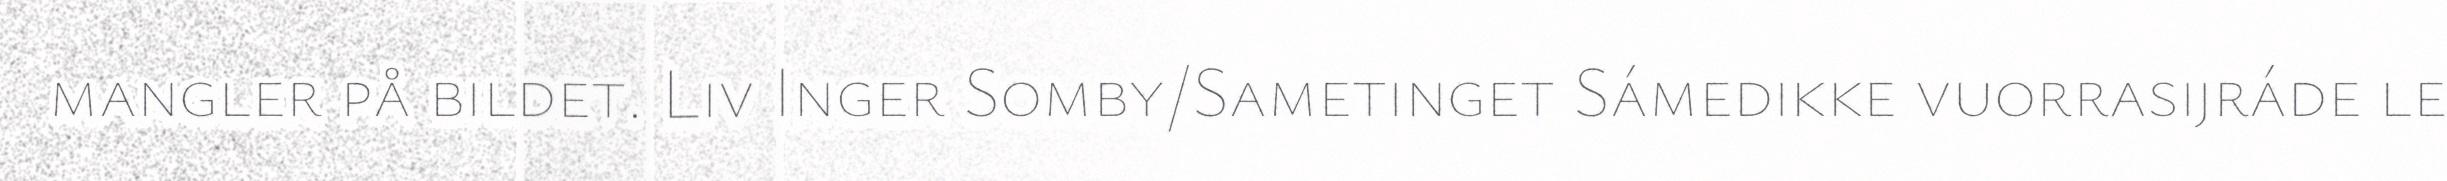
mangler på bildet. Liv Inger Somby/Sametinget Sámedikke vuorrasijráde le